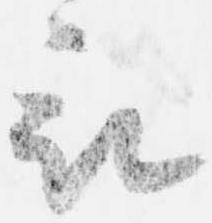
被